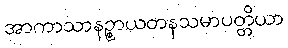
အာကာသာနဉ္စာယတနသမာပတ္တိယာ